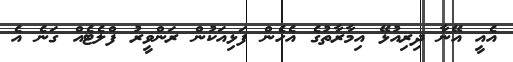
އެއީ އޭނާ ދިރިއުޅޭ އިމާރާތުގެ އެހެން ފަޅިއަކުން ރަންވީރު ފްލެޓެއް ގަނެ އެ